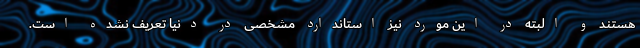
هستند و البته در این مورد نیز استاندارد مشخصی در دنیا تعریف نشده است.